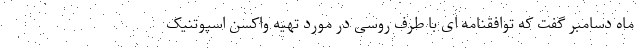
ماه دسامبر گفت که توافقنامه ای با طرف روسی در مورد تهیه واکسن اسپوتنیک